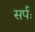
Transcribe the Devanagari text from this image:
सर्पः